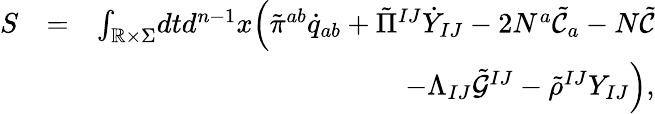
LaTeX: \begin{array}{rlr}{S}&{=}&{\int_{\mathbb{R}\times\Sigma}\! dtd^{n-1}x\Big(\tilde{\pi}^{ab}\dot{q}_{ab}+\tilde{\Pi}^{IJ}\dot{Y}_{IJ}-2N^{a}\tilde{\mathcal{C}}_{a}-N\tilde{\mathcal{C}}}\\ &{}&{-\Lambda_{IJ}\tilde{\mathcal{G}}^{IJ}-\tilde{\rho}^{IJ}Y_{IJ}\Big),}\end{array}